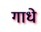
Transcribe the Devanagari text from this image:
गाधे